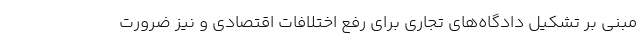
مبنی بر تشکیل دادگاه‌های تجاری برای رفع اختلافات اقتصادی و نیز ضرورت